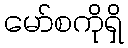
မော်စကိုရှိ